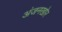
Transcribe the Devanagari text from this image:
अंजनखोर